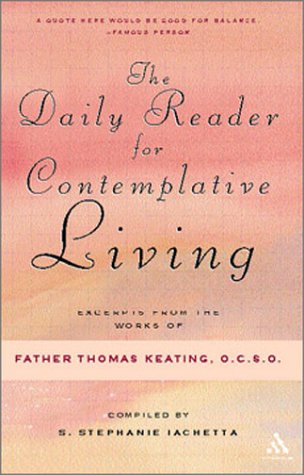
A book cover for Daily Reader for Contemplative Living: Excerpts from the Works of Father Thomas Keating, O.C.S.O; Thomas, O.C.S.O. Keating; Christian Books & Bibles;